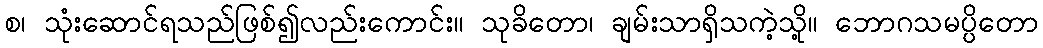
စ၊ သုံးဆောင်ရသည်ဖြစ်၍လည်းကောင်း။ သုခိတော၊ ချမ်းသာရှိသကဲ့သို့။ ဘောဂသမပ္ပိတော